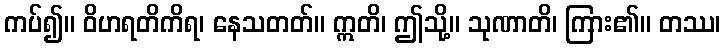
ကပ်၍။ ဝိဟရတိကိရ၊ နေသတတ်။ ဣတိ၊ ဤသို့။ သုဏာတိ၊ ကြား၏။ တဿ၊